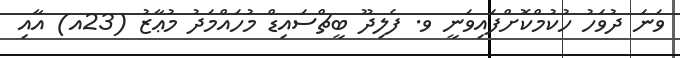
ވަނަ ދުވަހު ހުކުމްކޮށްފައިވަނީ ވ. ފެލިދޫ ބީޗްސައިޑް މުހައްމަދު މުޢާޒު (23އ) އާއި